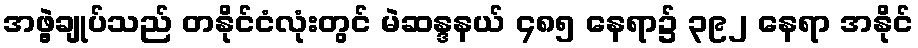
အဖွဲ့ချုပ်သည် တနိုင်ငံလုံးတွင် မဲဆန္ဒနယ် ၄၈၅ နေရာ၌ ၃၉၂ နေရာ အနိုင်